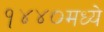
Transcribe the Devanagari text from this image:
१४४०मध्ये